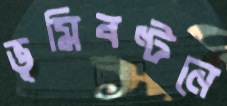
ভূমিবণ্টনে